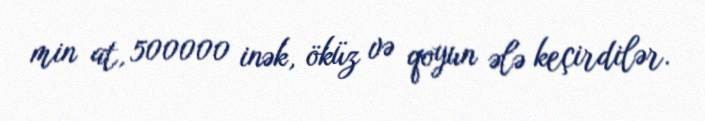
min at, 500000 inək, öküz və qoyun ələ keçirdilər.